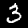
Digit: 3